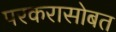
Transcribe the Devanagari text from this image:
परकरासोबत